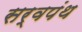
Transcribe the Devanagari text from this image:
सर्वपंथ